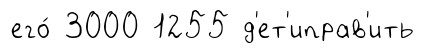
его́ 3000 1255 д'ет'иправ'ить